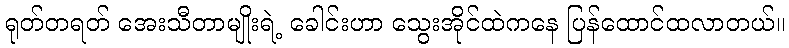
ရုတ်တရတ် အေးသီတာမျိုးရဲ့ ခေါင်းဟာ သွေးအိုင်ထဲကနေ ပြန်ထောင်ထလာတယ်။